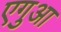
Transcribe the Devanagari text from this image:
एगुआ